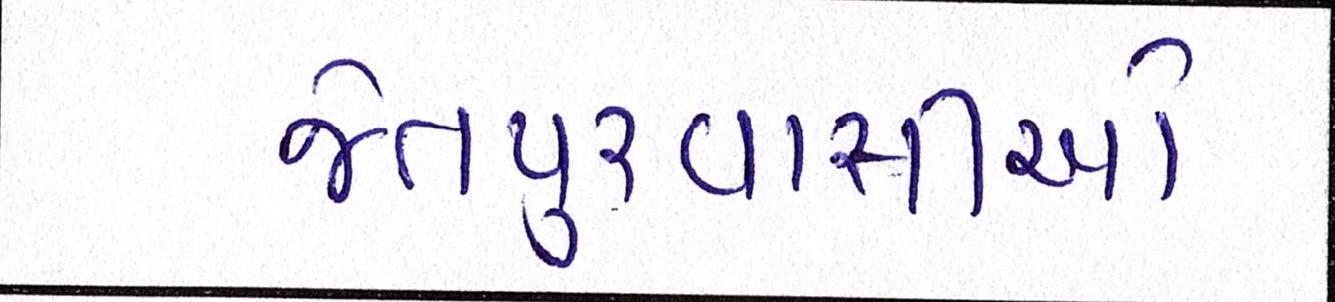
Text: જેતપુરવાસીઓ